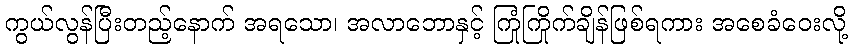
ကွယ်လွန်ပြီးတည့်နောက် အရသော၊ အလာဘောနှင့် ကြုံကြိုက်ချိန်ဖြစ်ရကား အစေခံဝေးလို့